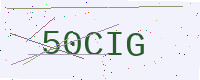
Text: 50CIG